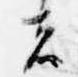
者